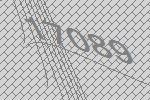
17089